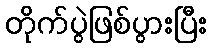
တိုက်ပွဲဖြစ်ပွားပြီး